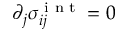
\partial _ { j } \sigma _ { i j } ^ { \textrm { i n t } } = 0